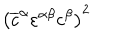
\left( \overline { { { c } } } ^ { \alpha } \varepsilon ^ { \alpha \beta } c ^ { \beta } \right) ^ { 2 }